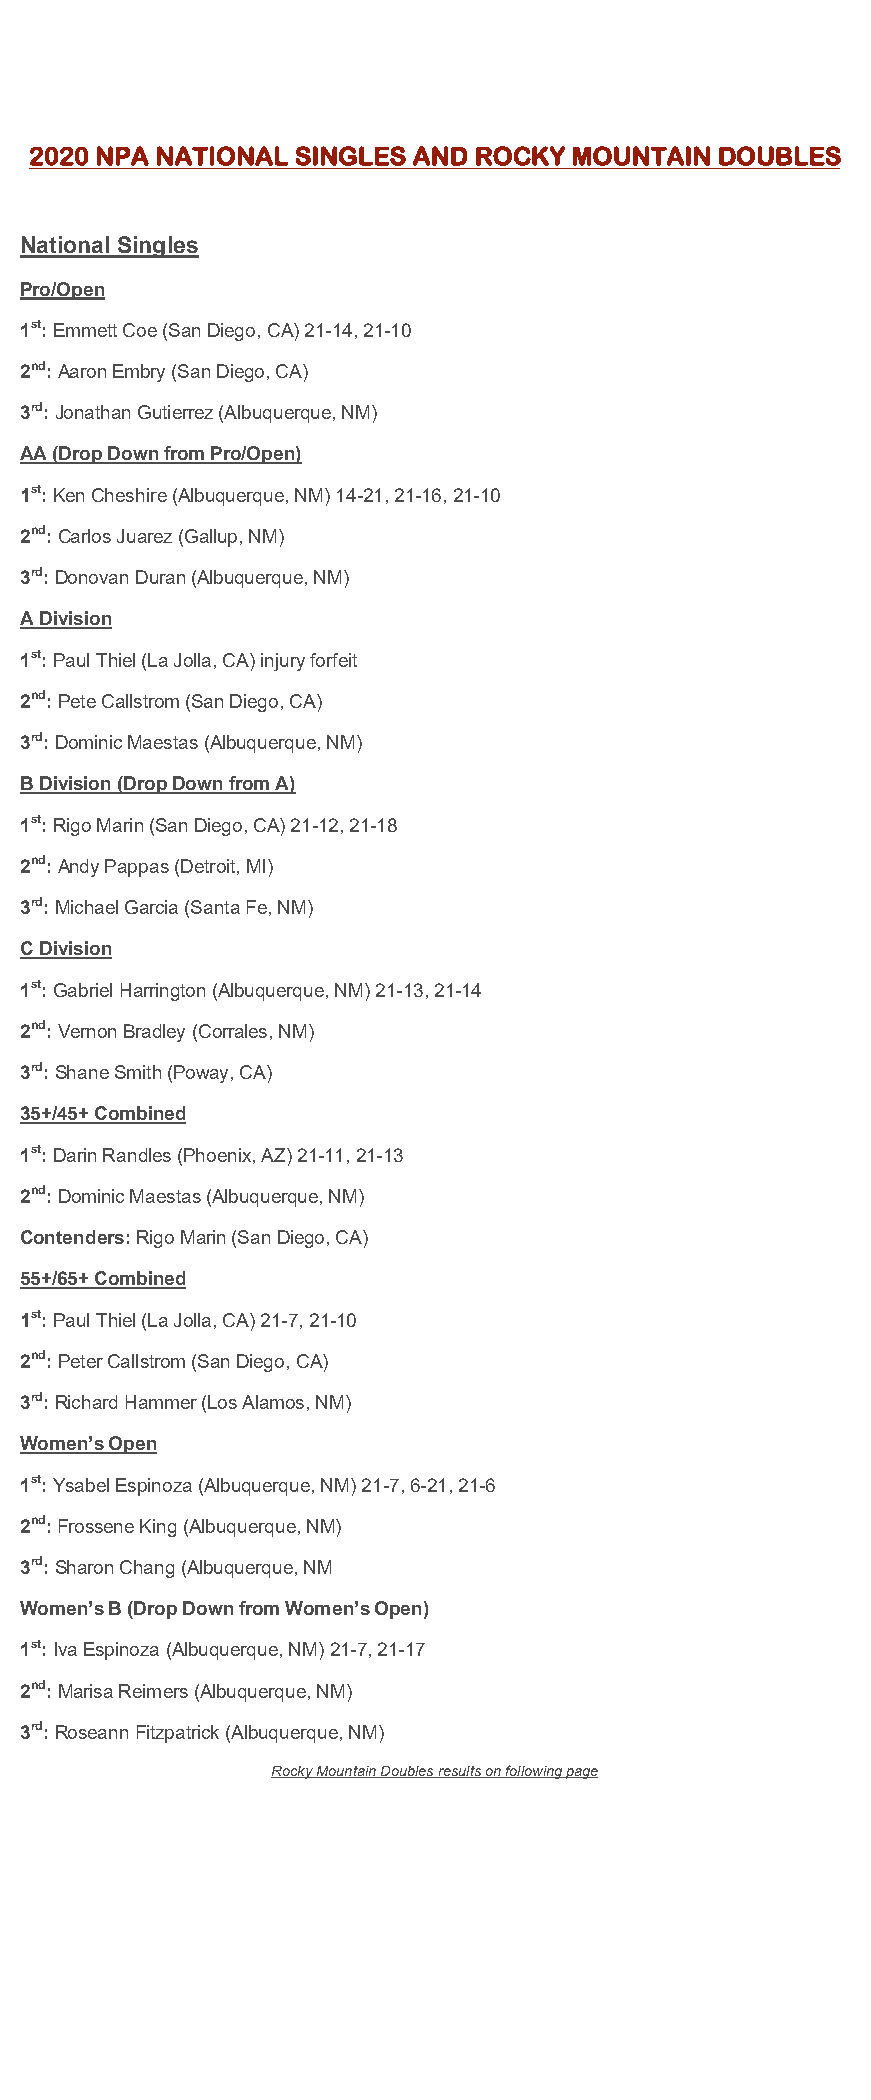
2020 NPA NATIONAL SINGLES AND ROCKY MOUNTAIN DOUBLES
 National Singles
 Pro/Open
 1st: Emmett Coe (San Diego, CA) 21-14, 21-10
 2nd: Aaron Embry (San Diego, CA)
 3rd: Jonathan Gutierrez (Albuquerque, NM)
 AA (Drop Down from Pro/Open)
 1st: Ken Cheshire (Albuquerque, NM) 14-21, 21-16, 21-10
 2nd: Carlos Juarez (Gallup, NM)
 3rd: Donovan Duran (Albuquerque, NM)
 A Division
 1st: Paul Thiel (La Jolla, CA) injury forfeit
 2nd: Pete Callstrom (San Diego, CA)
 3rd: Dominic Maestas (Albuquerque, NM)
 B Division (Drop Down from A)
 1st: Rigo Marin (San Diego, CA) 21-12, 21-18
 2nd: Andy Pappas (Detroit, MI)
 3rd: Michael Garcia (Santa Fe, NM)
 C Division
 1st: Gabriel Harrington (Albuquerque, NM) 21-13, 21-14
 2nd: Vernon Bradley (Corrales, NM)
 3rd: Shane Smith (Poway, CA)
 35+/45+ Combined
 1st: Darin Randles (Phoenix, AZ) 21-11, 21-13
 2nd: Dominic Maestas (Albuquerque, NM)
 Contenders: Rigo Marin (San Diego, CA)
 55+/65+ Combined
 1st: Paul Thiel (La Jolla, CA) 21-7, 21-10
 2nd: Peter Callstrom (San Diego, CA)
 3rd: Richard Hammer (Los Alamos, NM)
 Women’s Open
 1st: Ysabel Espinoza (Albuquerque, NM) 21-7, 6-21, 21-6
 2nd: Frossene King (Albuquerque, NM)
 3rd: Sharon Chang (Albuquerque, NM
 Women’s B (Drop Down from Women’s Open)
 1st: Iva Espinoza (Albuquerque, NM) 21-7, 21-17
 2nd: Marisa Reimers (Albuquerque, NM)
 3rd: Roseann Fitzpatrick (Albuquerque, NM)
 Rocky Mountain Doubles results on following page